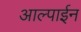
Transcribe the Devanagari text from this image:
आल्पाईन